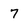
Character: 7